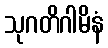
သုဂတိဂါမိနံ